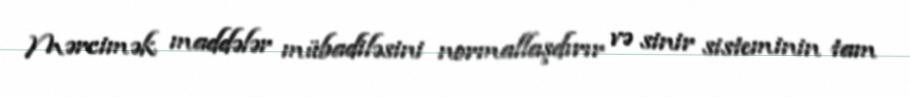
Mərcimək maddələr mübadiləsini normallaşdırır və sinir sisteminin tam